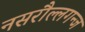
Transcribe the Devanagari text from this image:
नसरौल्लगन्ज